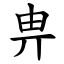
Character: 畁